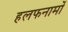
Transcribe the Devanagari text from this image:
हलफनामों